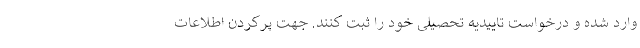
وارد شده و درخواست تاییدیه تحصیلی خود را ثبت کنند. جهت پرکردن اطلاعات